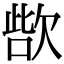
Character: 𣣊